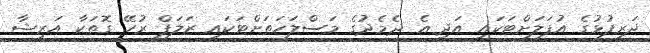
ދަރިފުޅުގެ އުފަލަށްޓަކައި އަދި އެ ދެމެދުގެ މަސްލަހަތަށްޓަކައި ޒަލަފް ރުހޭ ގޮތަކާ އަރީޝާ